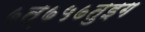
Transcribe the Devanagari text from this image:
७त्७५७तुइग